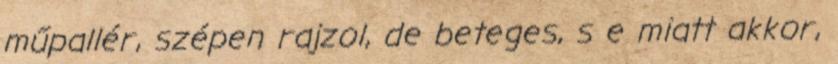
műpallér, szépen rajzol, de beteges, s e miatt akkor,